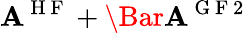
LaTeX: \boldsymbol{\mathbf{A}}^{\mathrm{{~H~F~}}}+\Bar{\boldsymbol{\mathbf{A}}}^{\mathrm{{~G~F~}}2}